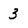
Character: 3